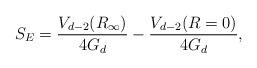
LaTeX: \begin{align*}S_{E} = \frac{V_{d-2}(R_{\infty})}{4G_{d}} - \frac{V_{d-2}(R=0)}{4G_{d}},\end{align*}